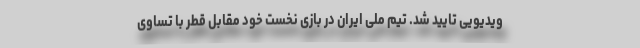
ویدیویی تایید شد. تیم ملی ایران در بازی نخست خود مقابل قطر با تساوی